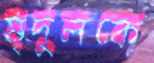
মৃদুলকে